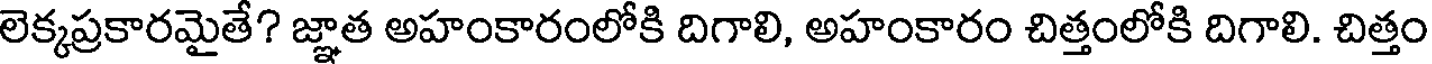
లెక్కప్రకారమైతే? జ్ఞాత అహంకారంలోకి దిగాలి, అహంకారం చిత్తంలోకి దిగాలి. చిత్తం